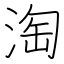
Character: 淘